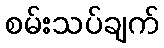
စမ်းသပ်ချက်